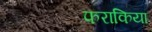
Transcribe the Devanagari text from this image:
फराकिया